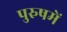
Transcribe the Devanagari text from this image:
पुरुषमें